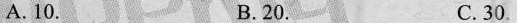
A. 10. B.20. C. 30.